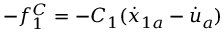
- f _ { 1 } ^ { C } = - C _ { 1 } ( \dot { x } _ { 1 a } - \dot { u } _ { a } )